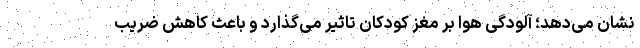
نشان می‌دهد؛ آلودگی هوا بر مغز کودکان تاثیر می‌گذارد و باعث کاهش ضریب